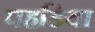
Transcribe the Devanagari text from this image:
पहडिया